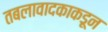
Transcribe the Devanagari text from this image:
तबलावादकाकडून